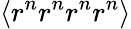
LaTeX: \langle r^{n}r^{n}r^{n}r^{n}\rangle